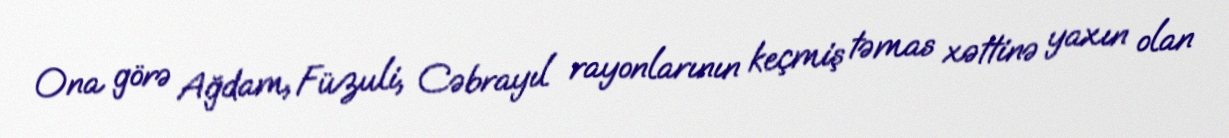
Ona görə Ağdam, Füzuli, Cəbrayıl rayonlarının keçmiş təmas xəttinə yaxın olan